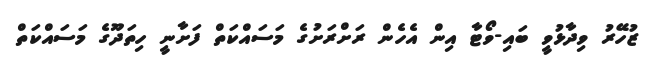
ޒުހޭރު ވިދާޅުވީ ބައި-ވޯޓާ އިން އެހެން ރަށްރަށުގެ މަސައްކަތް ފަށާނީ ހިތަދޫގެ މަސައްކަތް